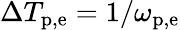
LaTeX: \Delta T_{\mathrm{p,e}}=1/\omega_{\mathrm{p,e}}